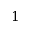
1